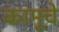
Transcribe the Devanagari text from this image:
कामूचे